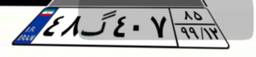
۴۸گ۴۰۷۸۵